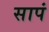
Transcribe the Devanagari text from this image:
सापं